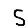
Digit: 5